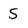
Character: S